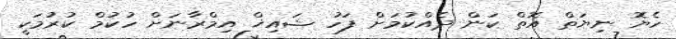
ހެޔޮ ނިޔަތް އޮތް ކަން ދެއްކުމަށް ފަހު ޝައިޚް އިމްރާނަށް ހުކުމް ކުރުމަކީ